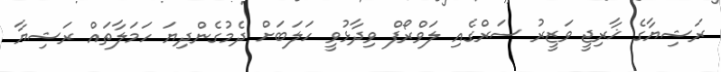
ރަޝިޔާގެ ޚާރިޖީ ވަޒީރު ސަރްގެއި ލަވްރޯފް ވިދާޅުވީ ހަލަބަށް ދެމުގެންދިޔަ ހަމަލާތައް ރަޝިޔާ